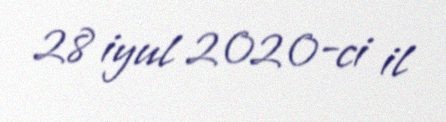
28 iyul 2020-ci il